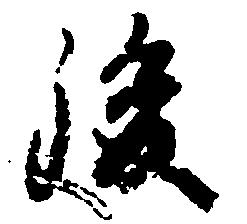
後